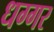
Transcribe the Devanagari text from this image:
धग्गर